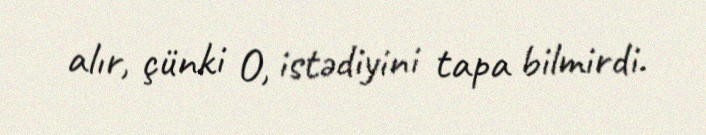
alır, çünki O, istədiyini tapa bilmirdi.